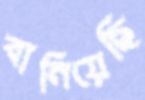
বানিয়েছি